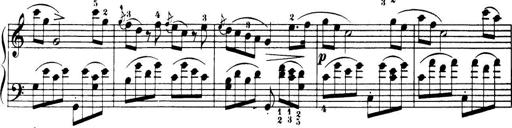
Title: 32 Sonatinas and Rondos for the Piano
Composer: Richard Kleinmichel